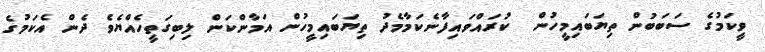
ވީކަމުގެ ސަބަބުން ތިޔަބައިމީހުން  ކުރައްވައިފާނެކަމާމެދު ތިޔަބައިމީހުން އަމާންކަން ލިބިގަތީހެއްޔެވެ ދެން އެކަމުގެ